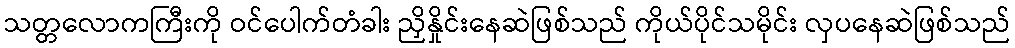
သတ္တလောကကြီးကို ဝင်ပေါက်တံခါး ညှိနှိုင်းနေဆဲဖြစ်သည် ကိုယ်ပိုင်သမိုင်း လှပနေဆဲဖြစ်သည်